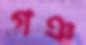
গঞ